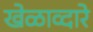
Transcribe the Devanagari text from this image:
खेळाव्दारे